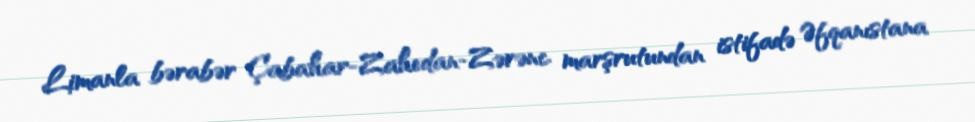
Limanla bərabər Çabahar-Zahedan-Zərənc marşrutundan istifadə Əfqanıstana